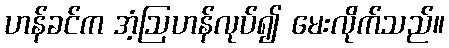
ဟန်ခင်က အံ့ဩဟန်လုပ်၍ မေးလိုက်သည်။